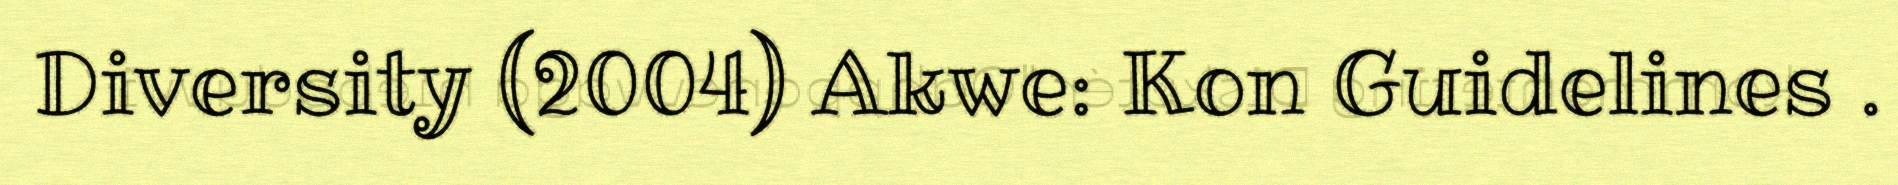
Diversity (2004) Akwe: Kon Guidelines .